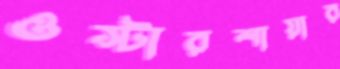
ওস্টারশায়ার